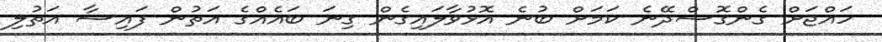
ހައްޖަށް ގެންގޮސްދޭނެ ކަމަށް ބުނެ އޮޅުވާލައިގެން ގިނަ ބައެއްގެ އަތުން ފައިސާ އަތުލި